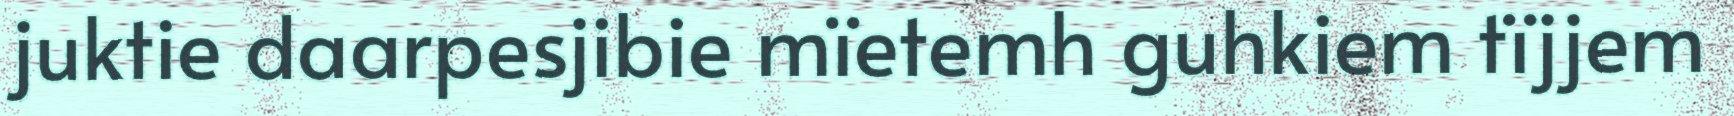
juktie daarpesjibie mïetemh guhkiem tïjjem